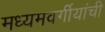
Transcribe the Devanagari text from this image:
मध्यमवर्गीयांची